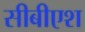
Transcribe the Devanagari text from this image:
सीबीएश